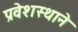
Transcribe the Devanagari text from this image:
प्रवेशस्थाने